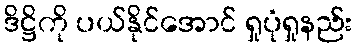
ဒိဋ္ဌိကို ပယ်နိုင်အောင် ရှုပုံရှုနည်း